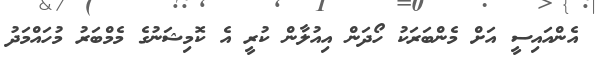
އެންއައިސީ އަށް މެންބަރަކު ހޯދަން އިއުލާން ކުރީ އެ ކޮމިޝަނުގެ މެމްބަރު މުހައްމަދު